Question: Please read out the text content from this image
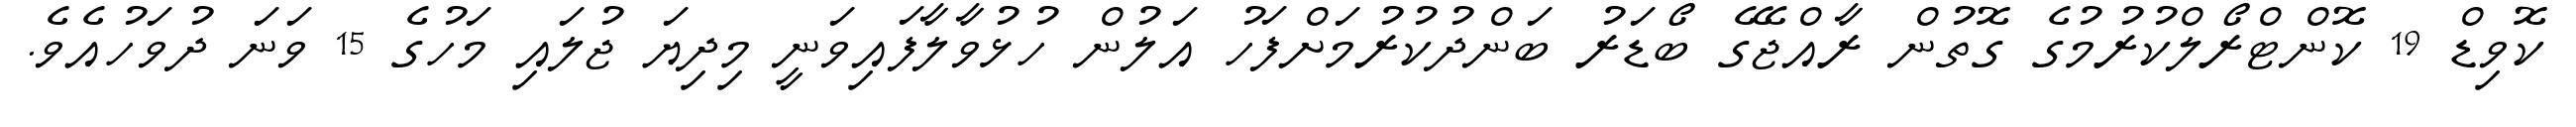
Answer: ކޮވިޑް 19 ކޮންޓްރޯލްކުރުމުގެ ގޮތުން ރާއްޖޭގެ ބޯޑަރު ބަންދުކުރުމަށްފަހު އަލުން ހުޅުވާލާފައިވަނީ މިދިޔަ ޖުލައި މަހުގެ 15 ވަނަ ދުވަހުއެވެ.